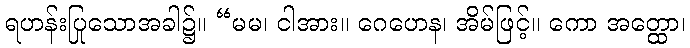
ရဟန်းပြုသောအခါ၌။ “မမ၊ ငါအား။ ဂေဟေန၊ အိမ်ဖြင့်။ ကော အတ္ထော၊